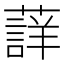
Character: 𮑳